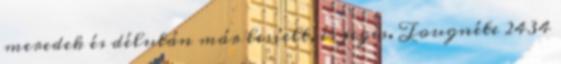
meredek és délután már lesíelt, és jeges. Tougnéte 2434